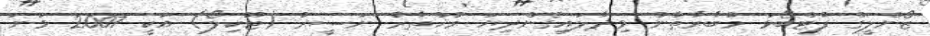
ޒޯންލީގް ފުޓްބޯޅަ މުބާރާތުން ވިދާލައިގެންދިޔަ މުޚްތާރު ނަސީރު (ޓޫކިލޯ) އަކީ 2007 ވަނަ